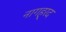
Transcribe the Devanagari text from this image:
नागह्रद